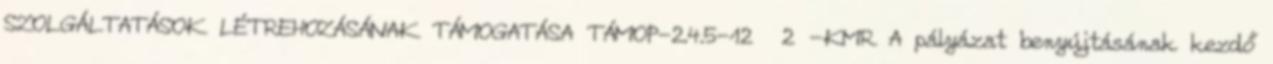
SZOLGÁLTATÁSOK LÉTREHOZÁSÁNAK TÁMOGATÁSA TÁMOP-2.4.5-12 2 -KMR A pályázat benyújtásának kezdő